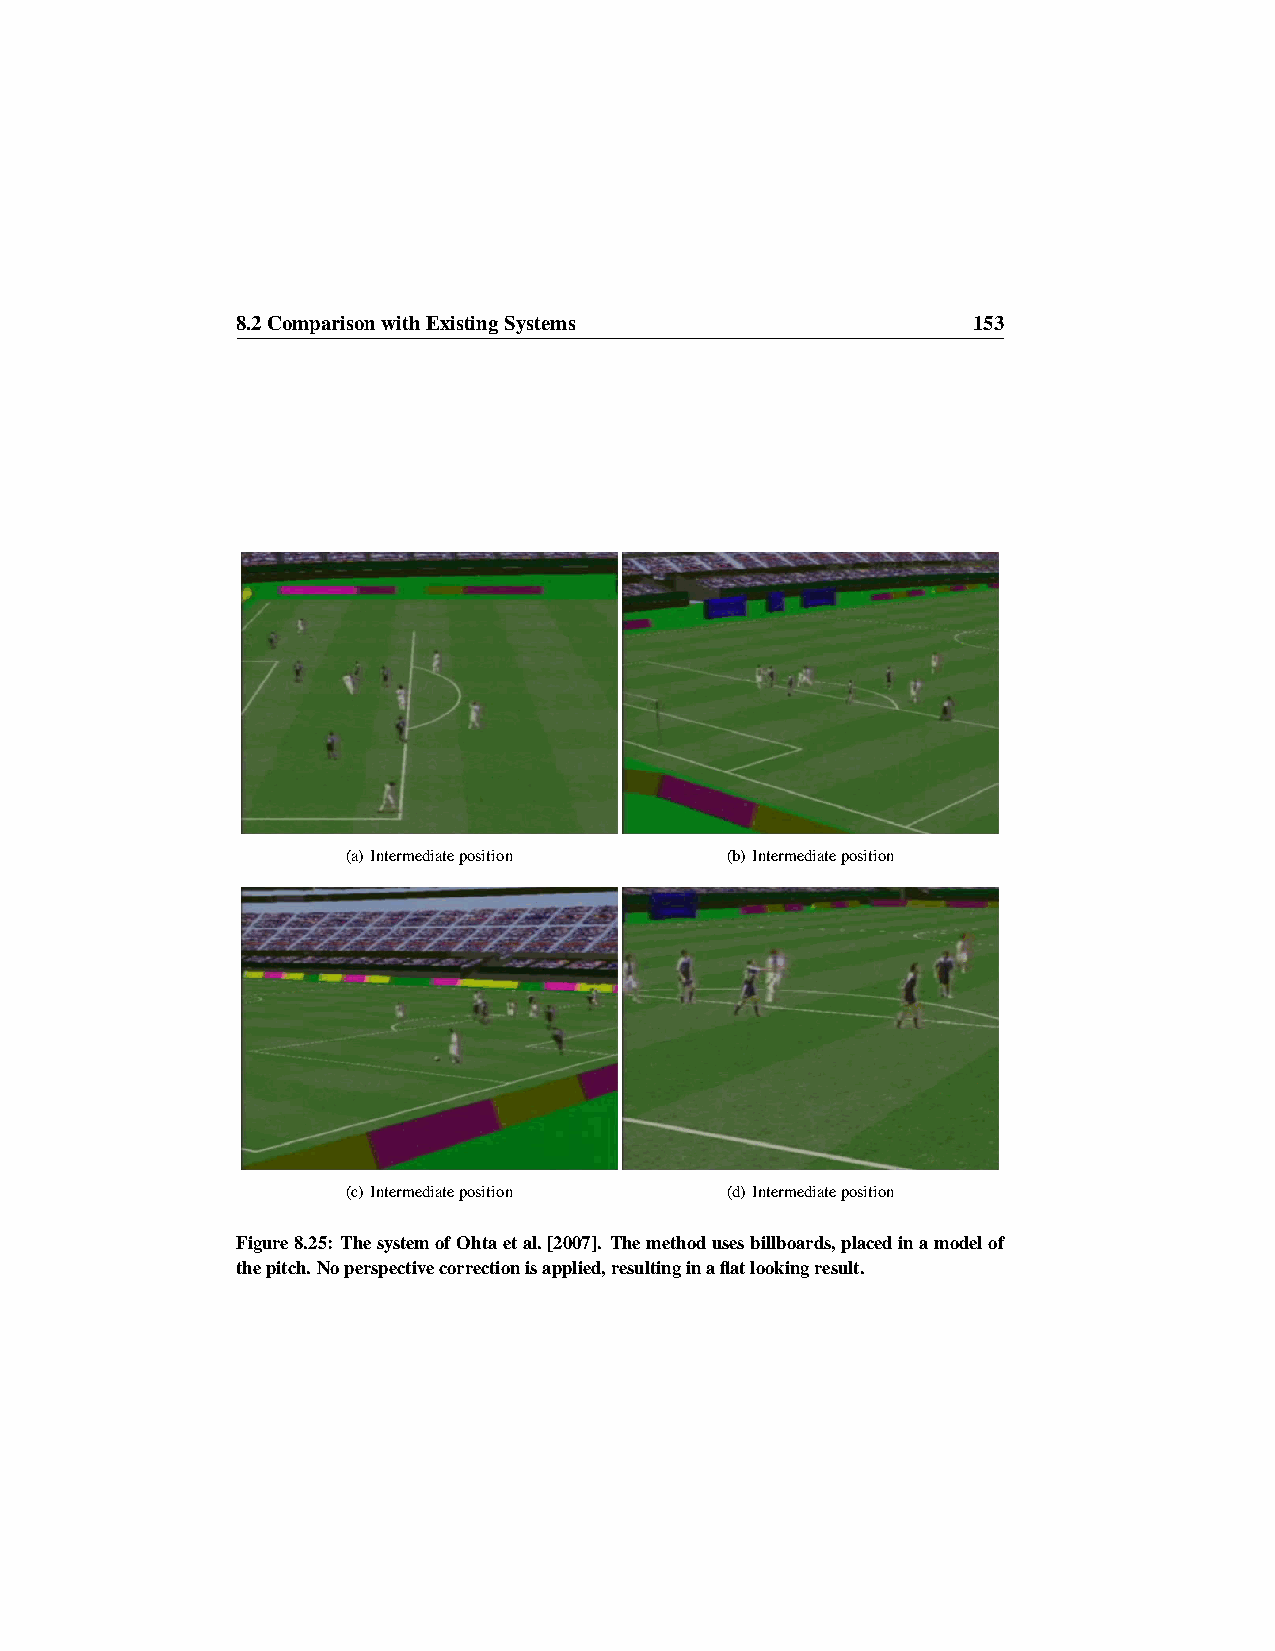
8.2ComparisonwithExistingSystems                153
 (a) Intermediateposition (b) Intermediateposition
 (c) Intermediateposition (d) Intermediateposition
 Figure8.25: ThesystemofOhtaetal.[2007]. Themethodusesbillboards,placedinamodelof
 thepitch.Noperspectivecorrectionisapplied,resultinginaflatlookingresult.